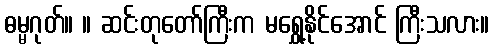
ဓမ္မဂုတ်။ ။ ဆင်းတုတော်ကြီးက မရွှေ့နိုင်အောင် ကြီးသလား။